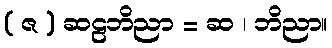
( ဇ ) ဆဠဘိညာ = ဆ ၊ ဘိညာ။